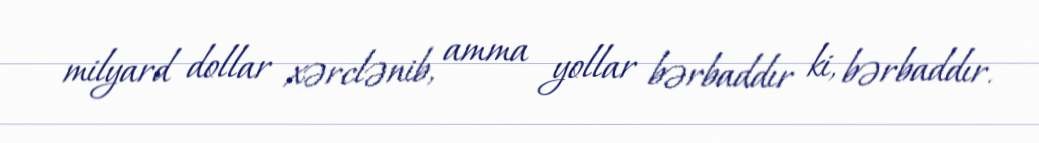
milyard dollar xərclənib, amma yollar bərbaddır ki, bərbaddır.